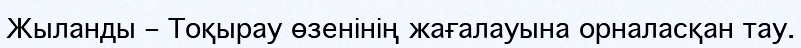
Жыланды – Тоқырау өзенінің жағалауына орналасқан тау.